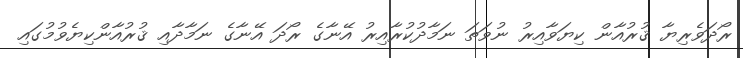
ރޯދަވެރިޔާ ޤުރުއާން ކިޔަވާއިރު ނުވަތަ ނަމާދުކުރާއިރު އޭނާގެ ރޯދަ އޭނާގެ ނަމާާދާއި ޤުރުއާންކިޔެވުމުގައި